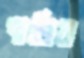
পাতিয়